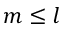
m \leq l